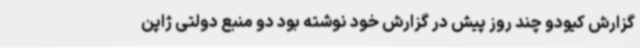
گزارش کیودو چند روز پیش در گزارش خود نوشته بود دو منبع دولتی ژاپن